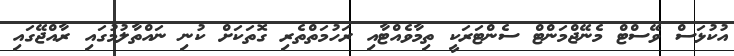
އުކުޅަސް ވޭސްޓް މެނޭޖްމަންޓް ސެންޓަރަކީ ތިމާވެއްޓާއި ރަހުމަތްތެރި ގޮތަކަށް ކުނި ނައްތާލުމުގައި ރާއްޖޭގައި